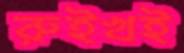
রুইখই